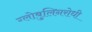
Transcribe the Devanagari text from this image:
ग्लोबुलिनरोधी